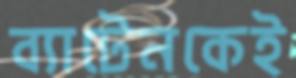
ব্যাটেনকেই